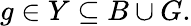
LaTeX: g\in Y\subseteq B\cup G.